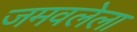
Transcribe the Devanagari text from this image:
जमवलेला